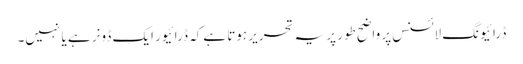
ڈرائیونگ لائسنس پر واضح طور پر یہ تحریر ہوتا ہےکہ ڈرائیور ایک ڈونر ہے یا نہیں۔